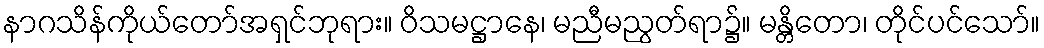
နာဂသိန်ကိုယ်တော်အရှင်ဘုရား။ ဝိသမဋ္ဌာနေ၊ မညီမညွတ်ရာ၌။ မန္တိတော၊ တိုင်ပင်သော်။